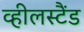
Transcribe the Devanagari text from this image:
व्हीलस्टैंड